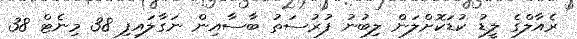
ރެއާލްގެ ލީޑު ކުޑަކޮށްލަން ލިބުނު ފުރުސަތު ބާސާއިން ނަގާލައިފި 38 މިނެޓް 38